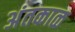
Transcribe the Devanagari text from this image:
अंतकाळ